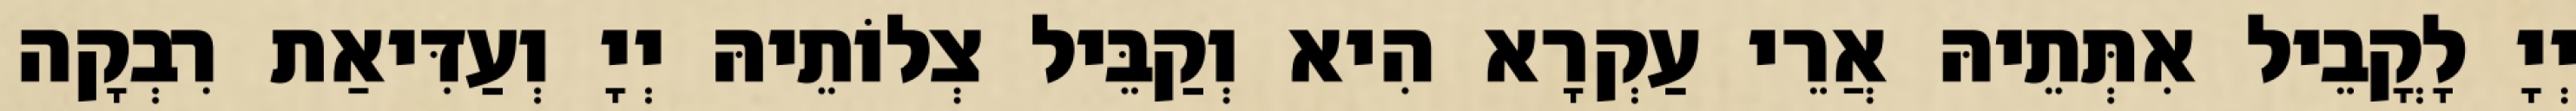
יְיָ לָקֳבֵיל אִתְּתֵיהּ אֲרֵי עַקְרָא הִיא וְקַבֵּיל צְלוֹתֵיהּ יְיָ וְעַדִּיאַת רִבְקָה